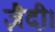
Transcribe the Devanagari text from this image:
ज़ैदी।